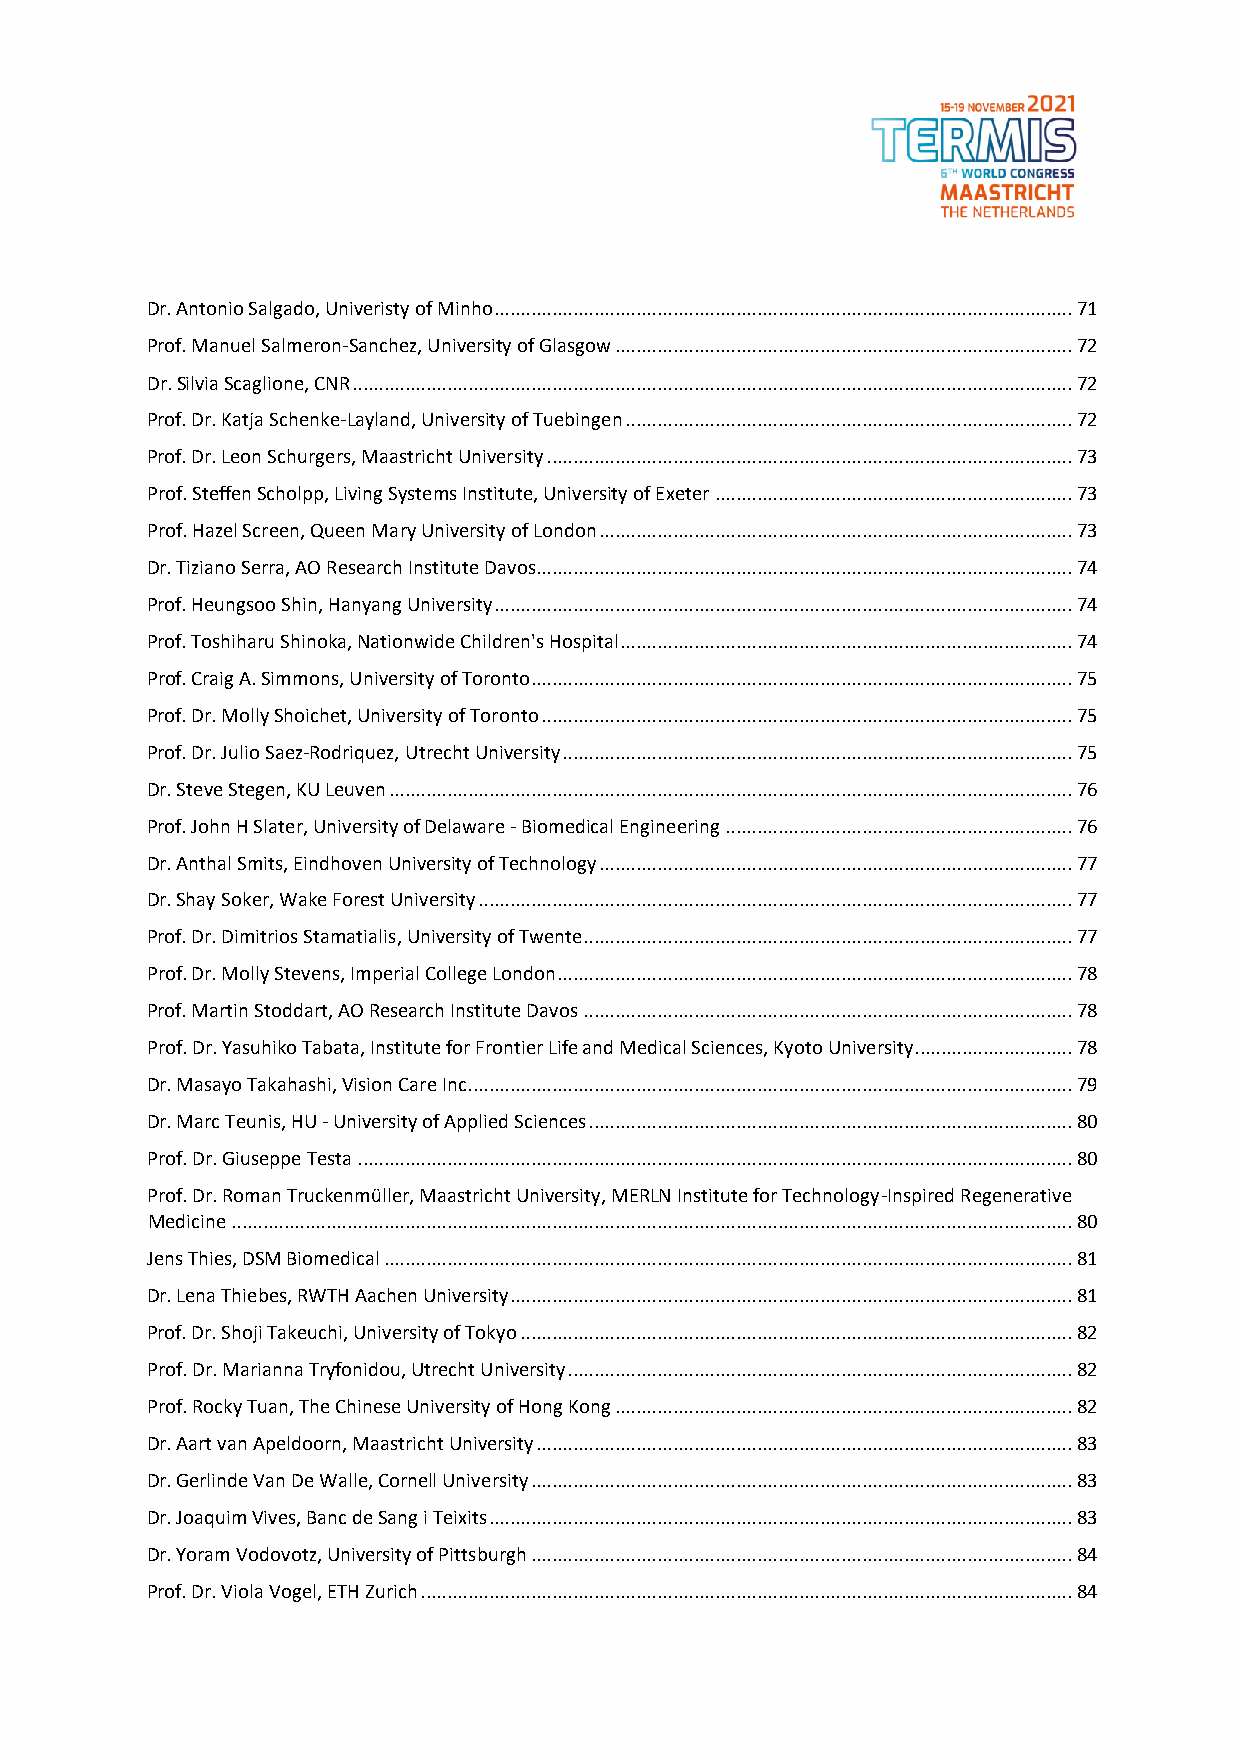
Dr. Antonio Salgado, Univeristy of Minho .............................................................................................................. 71
 Prof. Manuel Salmeron-Sanchez, University of Glasgow ....................................................................................... 72
 Dr. Silvia Scaglione, CNR ......................................................................................................................................... 72
 Prof. Dr. Katja Schenke-Layland, University of Tuebingen ..................................................................................... 72
 Prof. Dr. Leon Schurgers, Maastricht University .................................................................................................... 73
 Prof. Steffen Scholpp, Living Systems Institute, University of Exeter .................................................................... 73
 Prof. Hazel Screen, Queen Mary University of London .......................................................................................... 73
 Dr. Tiziano Serra, AO Research Institute Davos...................................................................................................... 74
 Prof. Heungsoo Shin, Hanyang University .............................................................................................................. 74
 Prof. Toshiharu Shinoka, Nationwide Children's Hospital ...................................................................................... 74
 Prof. Craig A. Simmons, University of Toronto ....................................................................................................... 75
 Prof. Dr. Molly Shoichet, University of Toronto ..................................................................................................... 75
 Prof. Dr. Julio Saez-Rodriquez, Utrecht University ................................................................................................. 75
 Dr. Steve Stegen, KU Leuven .................................................................................................................................. 76
 Prof. John H Slater, University of Delaware - Biomedical Engineering .................................................................. 76
 Dr. Anthal Smits, Eindhoven University of Technology .......................................................................................... 77
 Dr. Shay Soker, Wake Forest University ................................................................................................................. 77
 Prof. Dr. Dimitrios Stamatialis, University of Twente ............................................................................................. 77
 Prof. Dr. Molly Stevens, Imperial College London .................................................................................................. 78
 Prof. Martin Stoddart, AO Research Institute Davos ............................................................................................. 78
 Prof. Dr. Yasuhiko Tabata, Institute for Frontier Life and Medical Sciences, Kyoto University.............................. 78
 Dr. Masayo Takahashi, Vision Care Inc. .................................................................................................................. 79
 Dr. Marc Teunis, HU - University of Applied Sciences ............................................................................................ 80
 Prof. Dr. Giuseppe Testa ........................................................................................................................................ 80
 Prof. Dr. Roman Truckenmüller, Maastricht University, MERLN Institute for Technology-Inspired Regenerative
 Medicine ................................................................................................................................................................ 80
 Jens Thies, DSM Biomedical ................................................................................................................................... 81
 Dr. Lena Thiebes, RWTH Aachen University ........................................................................................................... 81
 Prof. Dr. Shoji Takeuchi, University of Tokyo ......................................................................................................... 82
 Prof. Dr. Marianna Tryfonidou, Utrecht University ................................................................................................ 82
 Prof. Rocky Tuan, The Chinese University of Hong Kong ....................................................................................... 82
 Dr. Aart van Apeldoorn, Maastricht University ...................................................................................................... 83
 Dr. Gerlinde Van De Walle, Cornell University ....................................................................................................... 83
 Dr. Joaquim Vives, Banc de Sang i Teixits ............................................................................................................... 83
 Dr. Yoram Vodovotz, University of Pittsburgh ....................................................................................................... 84
 Prof. Dr. Viola Vogel, ETH Zurich ............................................................................................................................ 84